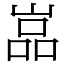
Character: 嵓